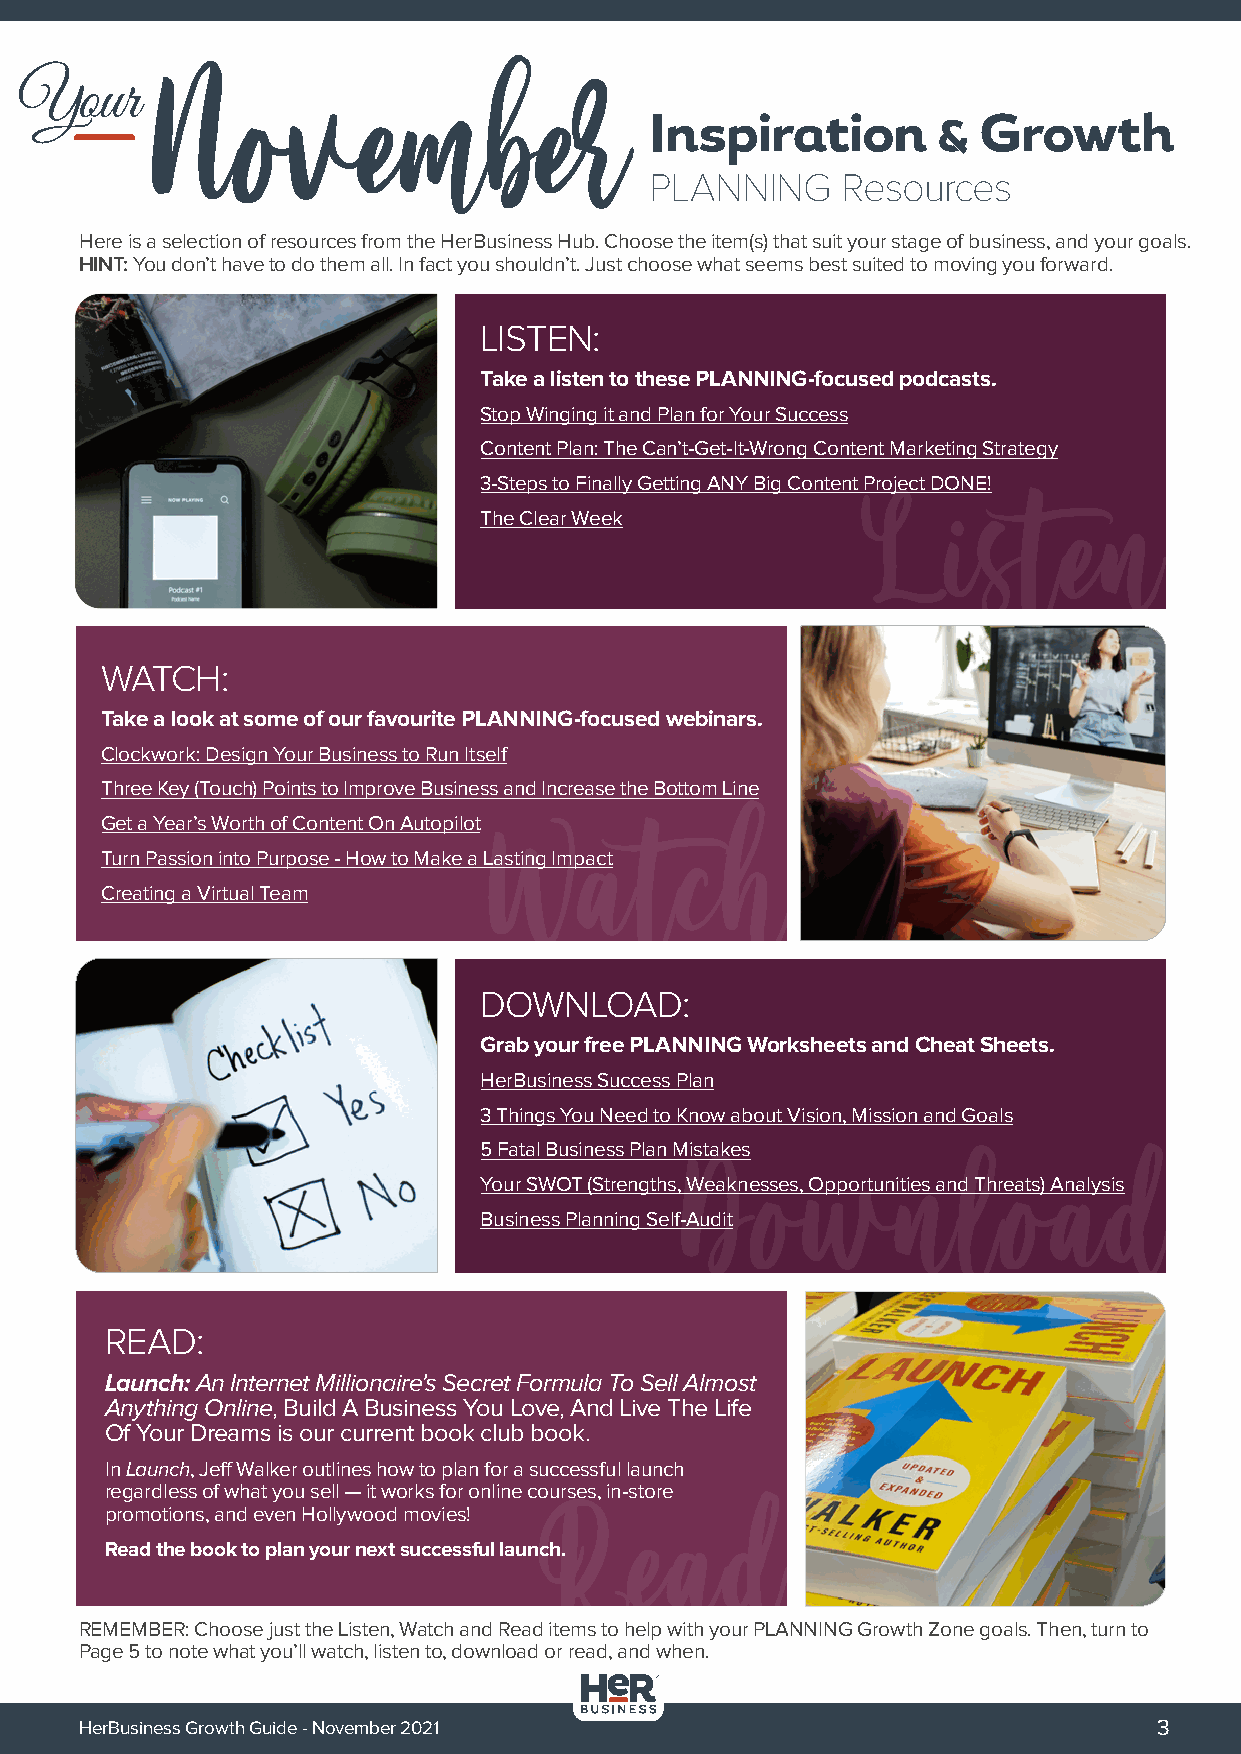
Your
 November
 Inspiration        &  Growth
 PLANNING     Resources
 Here is a selection of resources from the HerBusiness Hub. Choose the item(s) that suit your stage of business, and your goals.
 HINT: You don’t have to do them all. In fact you shouldn’t. Just choose what seems best suited to moving you forward.
 LISTEN:
 Take a listen to these PLANNING-focused podcasts.
 Stop Winging it and Plan for Your Success
 Content Plan: The Can’t-Get-It-Wrong Content Marketing Strategy
 3-Steps to Finally Getting ANY Big Content Project DONE!
 The Clear Week
 Listen
 WATCH:
 Take a look at some of our favourite PLANNING-focused webinars.
 Clockwork: Design Your Business to Run Itself
 Three Key (Touch) Points to Improve Business and Increase the Bottom Line
 Get a Year’s Worth of Content On Autopilot
 Turn Passion into Purpose - How to Make a LWasting Impaact tch
 Creating a Virtual Team
 DOWNLOAD:
 Grab your free PLANNING Worksheets and Cheat Sheets.
 HerBusiness Success Plan
 3 Things You Need to Know about Vision, Mission and Goals
 5 Fatal Business Plan Mistakes
 Your SWOT (Strengths,D Weakneosses,w Opportuninties andl Threoats) Aanalysdis
 Business Planning Self-Audit
 READ:
 Launch: An Internet Millionaire’s Secret Formula To Sell Almost
 Anything Online, Build A Business You Love, And Live The Life
 Of Your Dreams is our current book club book.
 In Launch, Jeff Walker outlines how to plan for a successful launch
 regardless of what you sell — it works for online courses, in-store
 promotions, and even Hollywood movies!
 Read
 Read the book to plan your next successful launch.
 REMEMBER: Choose just the Listen, Watch and Read items to help with your PLANNING Growth Zone goals. Then, turn to
 Page 5 to note what you’ll watch, listen to, download or read, and when.
 HerBusiness Growth Guide - November 2021                                3